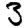
Digit: 3